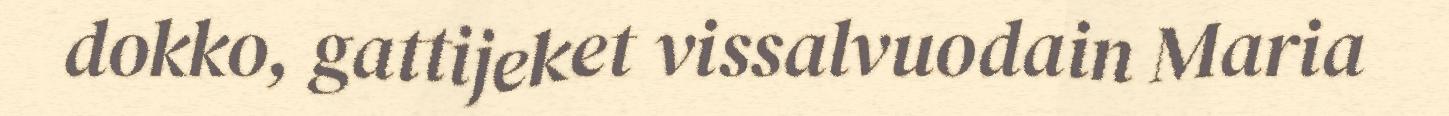
dokko, gattijeket vissalvuodain Maria